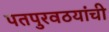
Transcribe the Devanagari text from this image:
पतपुरवठयांची